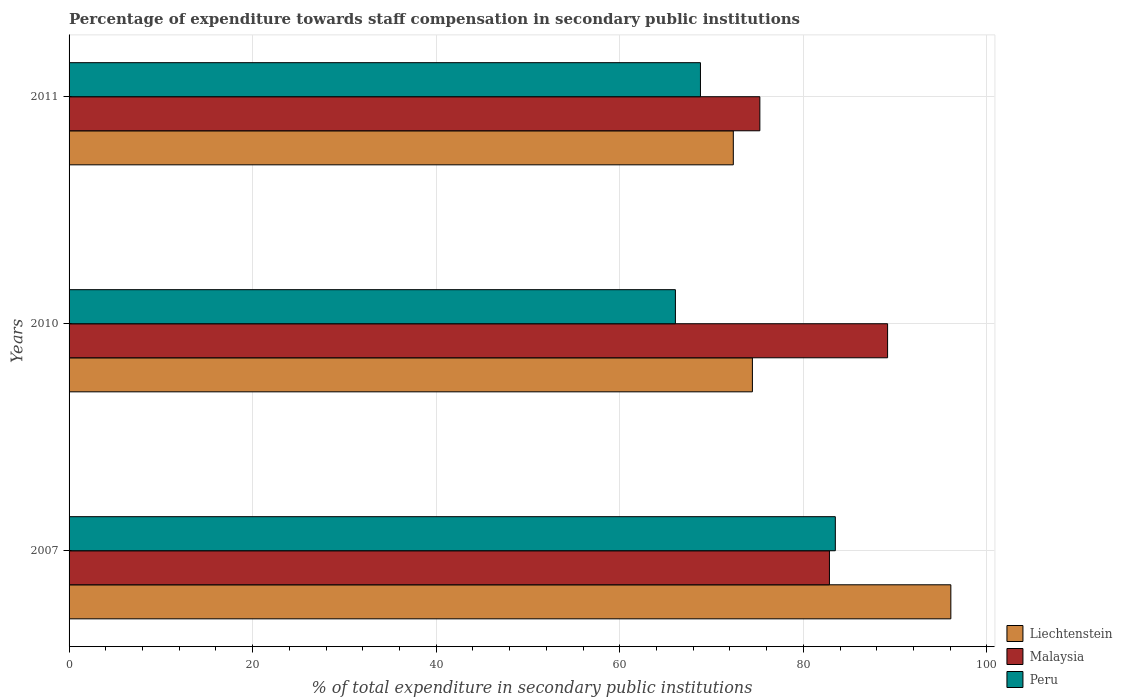
| Years | Liechtenstein | Malaysia | Peru |
 | --- | --- | --- | --- |
 | 2007 | 96.1 | 82.8 | 83.5 |
 | 2010 | 74.5 | 89.2 | 66.1 |
 | 2011 | 72.4 | 75.3 | 68.8 |